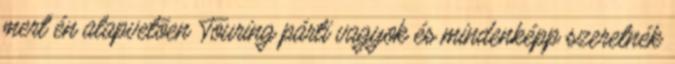
mert én alapvetõen Touring párti vagyok és mindenképp szeretnék